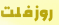
روزفلت